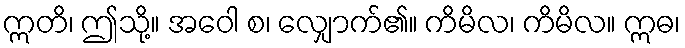
ဣတိ၊ ဤသို့။ အဝေါ စ၊ လျှောက်၏။ ကိမိလ၊ ကိမိလ။ ဣဓ၊